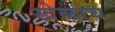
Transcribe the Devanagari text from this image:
खेळाच